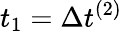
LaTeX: t_{1}=\Delta t^{(2)}